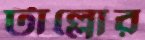
টাল্লোর